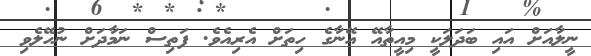
ނީލާއަށް އައި ބަދަލަކީ މިއީތާއޭ އޭނާގެ ހިތަށް އެރިއެވެ. ފަތިސް ނަމާދަށް ނުހޭލެވި